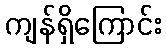
ကျန်ရှိကြောင်း